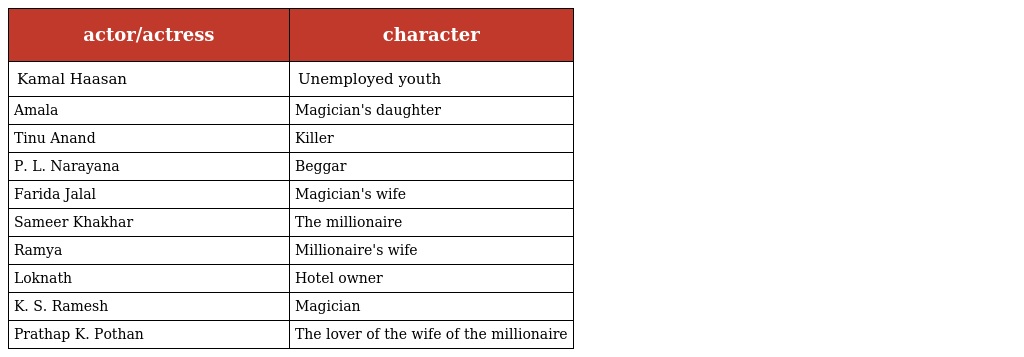
| actor/actress | character |
 | --- | --- |
 | Kamal Haasan | Unemployed youth |
 | Amala | Magician's daughter |
 | Tinu Anand | Killer |
 | P. L. Narayana | Beggar |
 | Farida Jalal | Magician's wife |
 | Sameer Khakhar | The millionaire |
 | Ramya | Millionaire's wife |
 | Loknath | Hotel owner |
 | K. S. Ramesh | Magician |
 | Prathap K. Pothan | The lover of the wife of the millionaire |